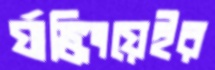
র‍্যাঙ্কিংয়েইর